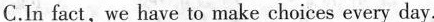
C.In fact, we have to make choices every day.